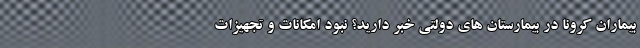
بیماران کرونا در بیمارستان های دولتی خبر دارید؟ نبود امکانات و تجهیزات